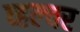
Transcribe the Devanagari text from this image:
व्हल्चर